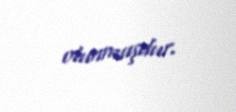
olunmuşdur.